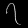
Digit: ၇